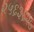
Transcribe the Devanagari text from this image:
२५६३६२७